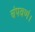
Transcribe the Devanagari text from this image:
चंपवणं।